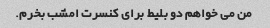
من می خواهم دو بلیط برای کنسرت امشب بخرم.